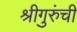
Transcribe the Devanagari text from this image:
श्रीगुरुंची